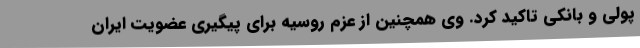
پولی و بانکی تاکید کرد. وی همچنین از عزم روسیه برای پیگیری عضویت ایران